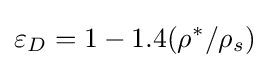
\varepsilon _{D}=1-1.4(\rho ^{*}/\rho _{s})